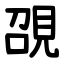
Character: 䙼